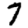
Digit: 7